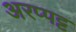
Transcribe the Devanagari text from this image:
अरप्पट्ट